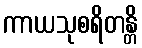
ကာယသုစရိတန္တိ